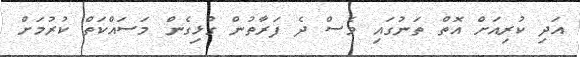
އަދި ކުރިއަށް އޮތް ތަނުގައި ވެސް ދެ ފަރާތުން ގުޅިގެން މަސައްކަތް ކުރުމަށް